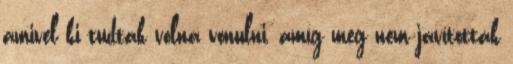
amivel ki tudtak volna vonulni, amíg meg nem javították